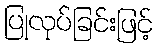
ပြုလုပ်ခြင်းဖြင့်